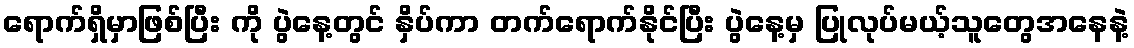
ရောက်ရှိမှာဖြစ်ပြီး ကို ပွဲနေ့တွင် နှိပ်ကာ တက်ရောက်နိုင်ပြီး ပွဲနေ့မှ ပြုလုပ်မယ့်သူတွေအနေနဲ့